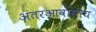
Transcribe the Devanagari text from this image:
अंतरआवासीय